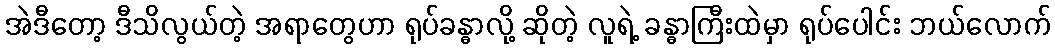
အဲဒီတော့ ဒီသိလွယ်တဲ့ အရာတွေဟာ ရုပ်ခန္ဓာလို့ ဆိုတဲ့ လူရဲ့ ခန္ဓာကြီးထဲမှာ ရုပ်ပေါင်း ဘယ်လောက်